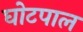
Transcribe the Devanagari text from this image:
घोटपाल